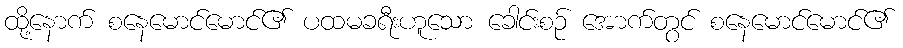
ထို့နောက် စနေမောင်မောင်၏ ပထမခရီးဟူသော ခေါင်းစဉ် အောက်တွင် စနေမောင်မောင်၏